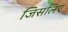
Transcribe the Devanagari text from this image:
जिसलिए